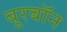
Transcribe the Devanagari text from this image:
बूरबॉन